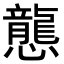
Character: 𢤲